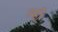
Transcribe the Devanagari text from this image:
नफी